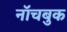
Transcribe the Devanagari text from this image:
नॉचबुक